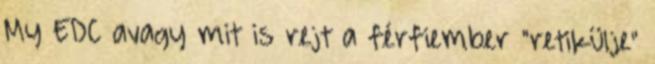
My EDC avagy mit is rejt a férfiember "retikülje"